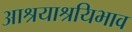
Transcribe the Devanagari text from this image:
आश्रयाश्रयिभाव